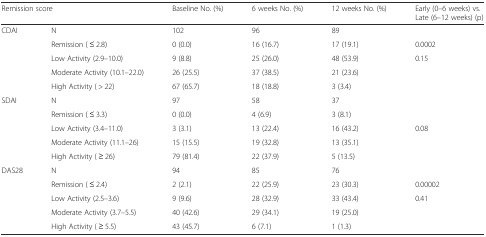
<table><thead><tr><td colspan="2"><b>Remission score</b></td><td><b>Baseline No. (%)</b></td><td><b>6 weeks No. (%)</b></td><td><b>12 weeks No. (%)</b></td><td><b>Early (0–6 weeks) vs. Late (6–12 weeks) (p)</b></td></tr></thead><tbody><tr><td rowspan="5">CDAI</td><td>N</td><td>102</td><td>96</td><td>89</td><td></td></tr><tr><td>Remission ( ≤ 2.8)</td><td>0 (0.0)</td><td>16 (16.7)</td><td>17 (19.1)</td><td>0.0002</td></tr><tr><td>Low Activity (2.9–10.0)</td><td>9 (8.8)</td><td>25 (26.0)</td><td>48 (53.9)</td><td>0.15</td></tr><tr><td>Moderate Activity (10.1–22.0)</td><td>26 (25.5)</td><td>37 (38.5)</td><td>21 (23.6)</td><td></td></tr><tr><td>High Activity ( &gt; 22)</td><td>67 (65.7)</td><td>18 (18.8)</td><td>3 (3.4)</td><td></td></tr><tr><td rowspan="5">SDAI</td><td>N</td><td>97</td><td>58</td><td>37</td><td></td></tr><tr><td>Remission ( ≤ 3.3)</td><td>0 (0.0)</td><td>4 (6.9)</td><td>3 (8.1)</td><td></td></tr><tr><td>Low Activity (3.4–11.0)</td><td>3 (3.1)</td><td>13 (22.4)</td><td>16 (43.2)</td><td>0.08</td></tr><tr><td>Moderate Activity (11.1–26)</td><td>15 (15.5)</td><td>19 (32.8)</td><td>13 (35.1)</td><td></td></tr><tr><td>High Activity ( ≥ 26)</td><td>79 (81.4)</td><td>22 (37.9)</td><td>5 (13.5)</td><td></td></tr><tr><td rowspan="5">DAS28</td><td>N</td><td>94</td><td>85</td><td>76</td><td></td></tr><tr><td>Remission ( ≤ 2.4)</td><td>2 (2.1)</td><td>22 (25.9)</td><td>23 (30.3)</td><td>0.00002</td></tr><tr><td>Low Activity (2.5–3.6)</td><td>9 (9.6)</td><td>28 (32.9)</td><td>33 (43.4)</td><td>0.41</td></tr><tr><td>Moderate Activity (3.7–5.5)</td><td>40 (42.6)</td><td>29 (34.1)</td><td>19 (25.0)</td><td></td></tr><tr><td>High Activity ( ≥ 5.5)</td><td>43 (45.7)</td><td>6 (7.1)</td><td>1 (1.3)</td><td></td></tr></tbody></table>